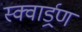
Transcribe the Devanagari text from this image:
स्क्वार्ड्रण